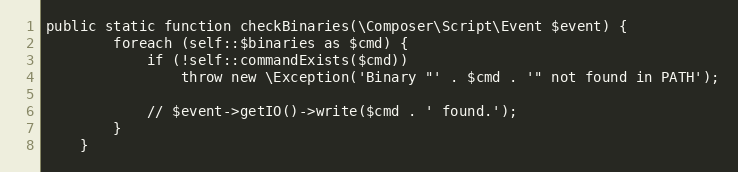
Language: PHP
public static function checkBinaries(\Composer\Script\Event $event) {
		foreach (self::$binaries as $cmd) {
			if (!self::commandExists($cmd))
				throw new \Exception('Binary "' . $cmd . '" not found in PATH');

			// $event->getIO()->write($cmd . ' found.');
		}
	}